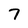
Character: 7